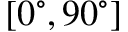
[ 0 ^ { \circ } , 9 0 ^ { \circ } ]